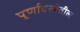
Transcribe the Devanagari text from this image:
पूर्णावस्थेतील